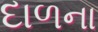
દાળના